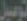
توصيل